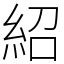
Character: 紹